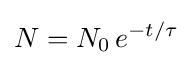
N=N_{0}\,e^{-t/\tau }